Lunatic asylums in Bengal annual reports 1888-1898 - 1888-1898
Year: 1888
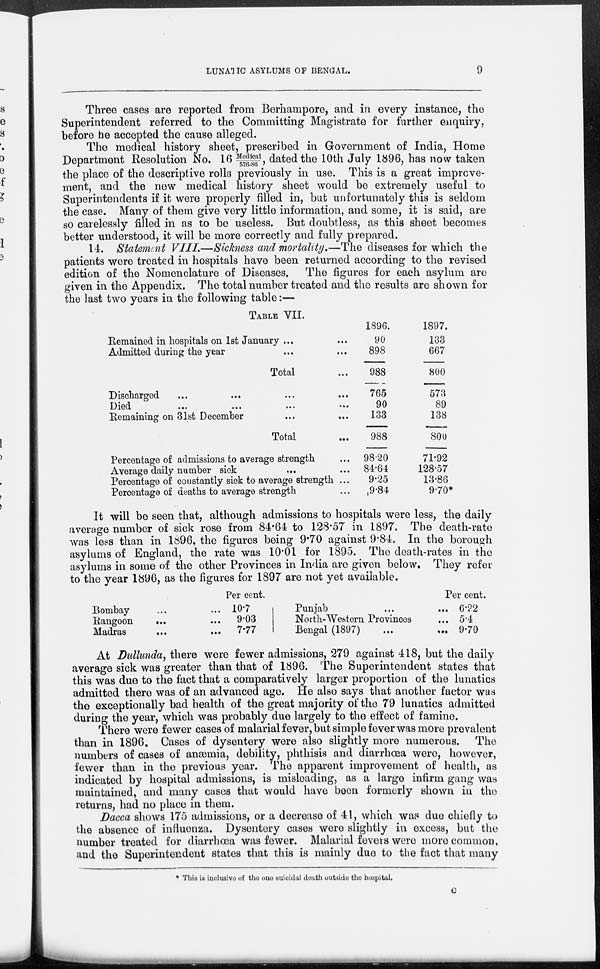
LUNATIC ASYLUMS OF BENGAL.
9
Three cases are reported from Berhampore, and in every instance, the
Superintendent referred to the Committing Magistrate for further enquiry,
before he accepted the cause alleged.
The medical history sheet, prescribed in Government of India, Home
Department Resolution No. 16 Medical/576-86, dated the 10th July 1896, has now taken
the place of the descriptive rolls previously in use. This is a great improve-
ment, and the new medical history sheet would be extremely useful to
Superintendents if it were properly filled in, but unfortunately this is seldom
the case. Many of them give very little information, and some, it is said, are
so carelessly filled in as to be useless. But doubtless, as this sheet becomes
better understood, it will be more correctly and fully prepared.
14. Statement VIII.—Sickness and mortality.—The diseases for which the
patients were treated in hospitals have been returned according to the revised
edition of the Nomenclature of Diseases. The figures for each asylum are
given in the Appendix. The total number treated and the results are shown for
the last two years in the following table:—
TABLE VII.
Remained in hospitals on 1st January ... ... ...
Admitted during the year ... ... ...
Total ...
Discharged ... ... ...
Died
...
...
...
...
...
Remaining on 31st December ... ...
Total ...
Percentage of admissions to average strength ...
Average daily number sick ... ...
Percentage of constantly sick to average strength ...
Percentage of deaths to average strength ...
1896.
90
898
988
765
90
133
988
98.20
84.64
9.25
9.84
1897.
133
667
800
573
89
138
800
71.92
128.57
13.86
9.70*
It will be seen that, although admissions to hospitals were less, the daily
average number of sick rose from 84.64 to 128.57 in 1897. The death-rate
was less than in 1896, the figures being 9.70 against 9.84. In the borough
asylums of England, the rate was 10.01 for 1895. The death-rates in the
asylums in some of the other Provinces in India are given below. They refer
to the year 1896, as the figures for 1897 are not yet available.
Bombay ... ...
Rangoon ... ...
Madras ... ...
Per cent.
10.7
9.03
7.77
Punjab ...
North-Western Provinces ...
Bengal (1897) ... ...
Per cent.
6.22
5.4
9.70
At Dullunda, there were fewer admissions, 279 against 418, but the daily
average sick was greater than that of 1896. The Superintendent states that
this was due to the fact that a comparatively larger proportion of the lunatics
admitted there was of an advanced age. He also says that another factor was
the exceptionally bad health of the great majority of the 79 lunatics admitted
during the year, which was probably due largely to the effect of famine.
There were fewer cases of malarial fever, but simple fever was more prevalent
than in 1896. Cases of dysentery were also slightly more numerous. The
numbers of cases of anæmia, debility, phthisis and diarrhœa were, however
fewer than in the previous year. The apparent improvement of health as
indicated by hospital admissions, is misleading, as a large infirm gang was
maintained, and many cases that would have been formerly shown in the
returns, had no place in them.
Dacca shows 175 admissions, or a decrease of 41, which was due chiefly to
the absence of influenza. Dysentery cases were slightly in excess, but the
number treated for diarrhœa was fewer. Malarial fevers were more common,
and the Superintendent states that this is mainly due to the fact that many
* This is inclusive of the one suicidal death outside the hospital.
C